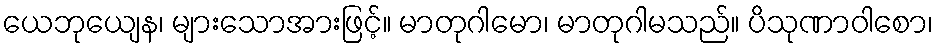
ယေဘုယျေန၊ များသောအားဖြင့်။ မာတုဂါမော၊ မာတုဂါမသည်။ ပိသုဏာဝါစော၊